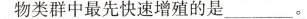
物类群中最先快速增殖的是____。